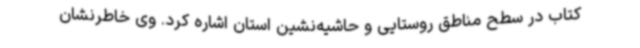
کتاب در سطح مناطق روستایی و حاشیه‌نشین استان اشاره کرد. وی خاطرنشان